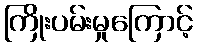
ကြိုးပမ်းမှုကြောင့်